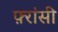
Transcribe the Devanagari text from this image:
फ़्रांसी